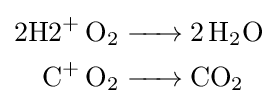
{\begin{aligned}{\ce {{2H2}+ O2}}&{\ce {-> 2H2O}}\\{\ce {{C}+ O2}}&{\ce {-> CO2}}\end{aligned}}